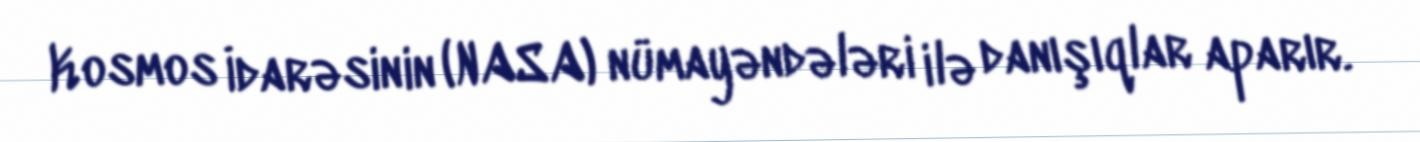
Kosmos İdarəsinin (NASA) nümayəndələri ilə danışıqlar aparır.